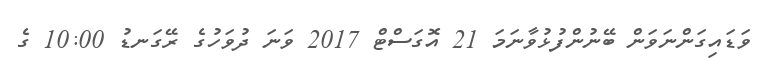
ވަޑައިގަންނަވަން ބޭނުންފުޅުވާނަމަ 21 އޮގަސްޓް 2017 ވަނަ ދުވަހުގެ ރޭގަނޑު 10:00 ގެ